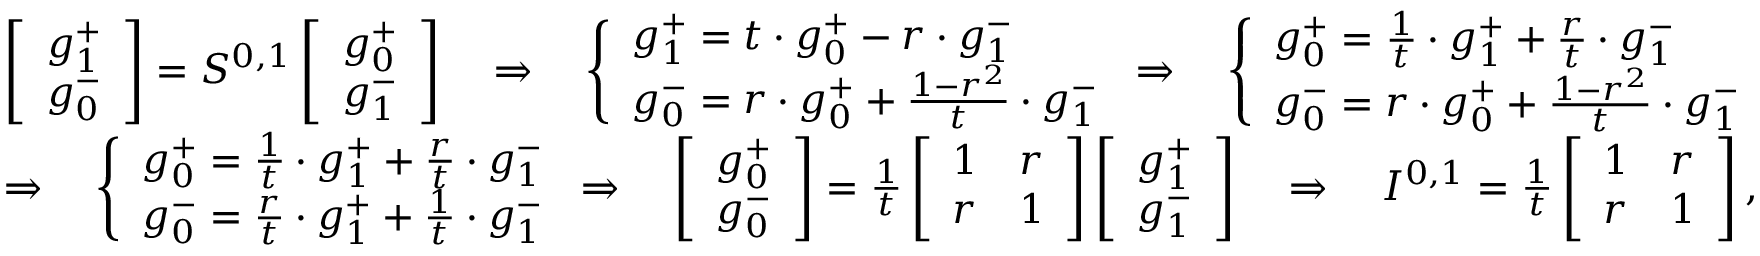
\begin{array} { r l } & { \left[ \begin{array} { l } { g _ { 1 } ^ { + } } \\ { g _ { 0 } ^ { - } } \end{array} \right] = S ^ { 0 , 1 } \left[ \begin{array} { l } { g _ { 0 } ^ { + } } \\ { g _ { 1 } ^ { - } } \end{array} \right] \quad \Rightarrow \quad \left\{ \begin{array} { l l } { g _ { 1 } ^ { + } = t \cdot g _ { 0 } ^ { + } - r \cdot g _ { 1 } ^ { - } } \\ { g _ { 0 } ^ { - } = r \cdot g _ { 0 } ^ { + } + \frac { 1 - r ^ { 2 } } { t } \cdot g _ { 1 } ^ { - } } \end{array} \right. \Rightarrow \quad \left\{ \begin{array} { l l } { g _ { 0 } ^ { + } = \frac { 1 } { t } \cdot g _ { 1 } ^ { + } + \frac { r } { t } \cdot g _ { 1 } ^ { - } } \\ { g _ { 0 } ^ { - } = r \cdot g _ { 0 } ^ { + } + \frac { 1 - r ^ { 2 } } { t } \cdot g _ { 1 } ^ { - } } \end{array} \right. } \\ & { \Rightarrow \quad \left\{ \begin{array} { l l } { g _ { 0 } ^ { + } = \frac { 1 } { t } \cdot g _ { 1 } ^ { + } + \frac { r } { t } \cdot g _ { 1 } ^ { - } } \\ { g _ { 0 } ^ { - } = \frac { r } { t } \cdot g _ { 1 } ^ { + } + \frac { 1 } { t } \cdot g _ { 1 } ^ { - } } \end{array} \right. \Rightarrow \quad \left[ \begin{array} { l } { g _ { 0 } ^ { + } } \\ { g _ { 0 } ^ { - } } \end{array} \right] = \frac { 1 } { t } \left[ \begin{array} { l l } { 1 } & { r } \\ { r } & { 1 } \end{array} \right] \left[ \begin{array} { l } { g _ { 1 } ^ { + } } \\ { g _ { 1 } ^ { - } } \end{array} \right] \quad \Rightarrow \quad I ^ { 0 , 1 } = \frac { 1 } { t } \left[ \begin{array} { l l } { 1 } & { r } \\ { r } & { 1 } \end{array} \right] , } \end{array}